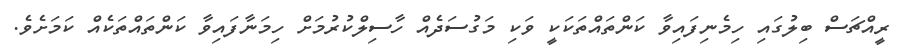
ރީއްޗަސް ބިލުގައި ހިމެނިފައިވާ ކަންތައްތަކަކީ ވަކި މަގުސަދެއް ހާސިލްކުރުމަށް ހިމަނާފައިވާ ކަންތައްތަކެއް ކަމަށެވެ.